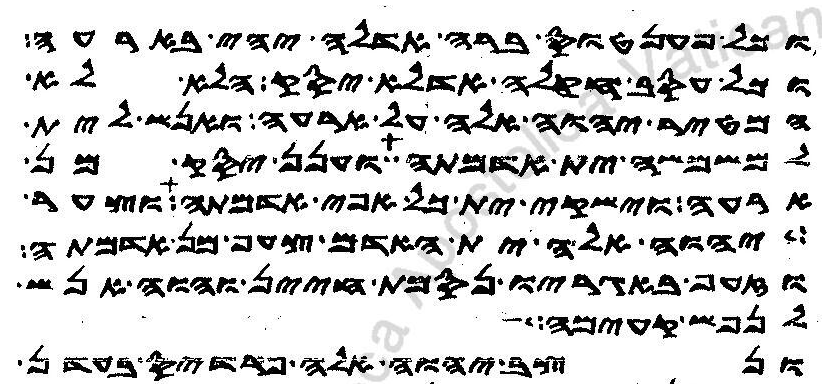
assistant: וכל פענטוס ברה אדלה יהי בארעה
וכל עסב חקלה אדלא יסק הלא לא
המטיר יהוה אלה על ארעה ואנש לית
למשמשה ית אדמתה וענן יסק מן
ארעה וישקי ית כל אפי אדמתה וצער
יהוה אלה ית האדם צעף מן אדמתה
וזעף באגריו נסמת חיין והוה אנש
לנפש קעימה
ונצב יהוה אלה פרדיס בעדן